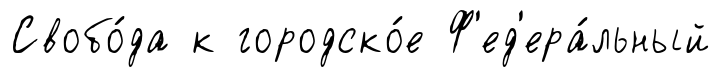
Свобо́да к городско́е Ф'ед'ера́льный